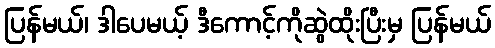
ပြန်မယ်၊ ဒါပေမယ့် ဒီကောင့်ကိုဆွဲထိုးပြီးမှ ပြန်မယ်